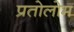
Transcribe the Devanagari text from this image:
प्रतोलोम